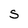
Character: S